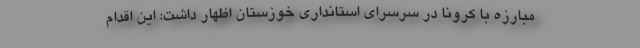
مبارزه با کرونا در سرسرای استانداری خوزستان اظهار داشت: این اقدام